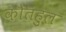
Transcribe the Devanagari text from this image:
कौतहुल